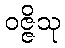
ဝဇ္ဇိသု